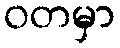
ဝတမှာ